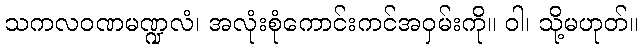
သကလဝဏမဏ္ဍလံ၊ အလုံးစုံကောင်းကင်အဝှမ်းကို။ ဝါ၊ သို့မဟုတ်။